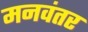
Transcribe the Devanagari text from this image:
मनवंतर